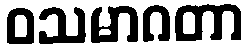
ဝသမာဂတာ